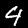
Digit: 4